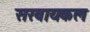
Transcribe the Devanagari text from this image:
सरवायकल